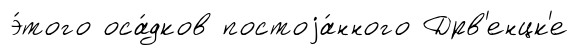
э́того оса́дков постоjа́нного Дрв'енцк'е